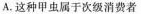
A.这种甲虫属于次级消费者